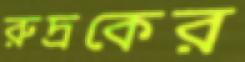
রুদ্রকের